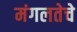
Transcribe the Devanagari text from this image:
मंगलतेचे